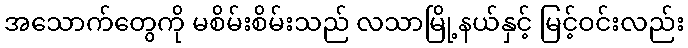
အသောက်တွေကို မစိမ်းစိမ်းသည် လသာမြို့နယ်နှင့် မြင့်ဝင်းလည်း